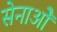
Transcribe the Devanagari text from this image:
सेनाओें